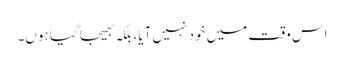
اس وقت میں خود نہیں آیا، بلکہ بھیجا گیا ہوں۔